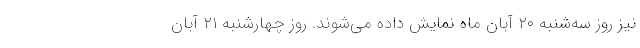
نیز روز سه‌شنبه ۲۰ آبان ماه نمایش داده می‌شوند. روز چهارشنبه ۲۱ آبان